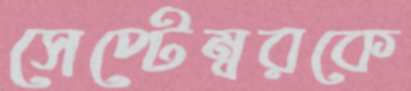
সেপ্টেম্বরকে